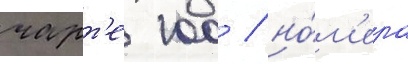
чарт'е 100 / но́м'ера